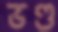
ভণ্ড